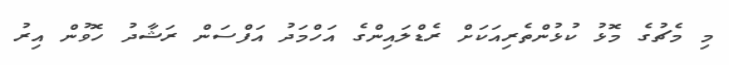
މި މެޗުގެ މޮޅު ކުޅުންތެރިއަކަށް ރެޑްލައިންގެ އަހްމަދު އަފްސަން ރަޝާދު ހޮވުން އިރު